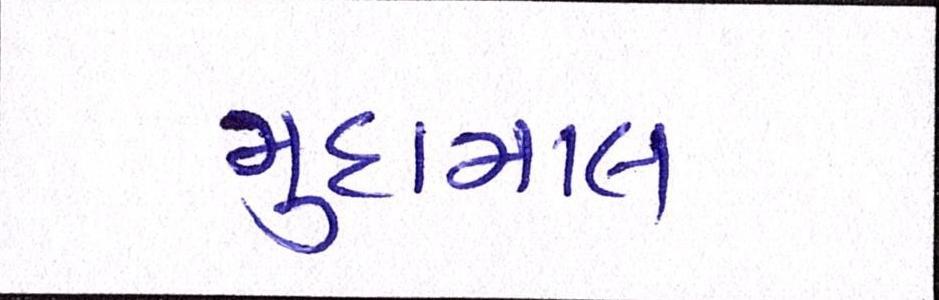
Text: મુદામાલ